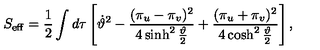
S _ { { \mathrm { e f f } } } = \frac 1 2 \int d \tau \left[ \dot { \vartheta } ^ { 2 } - \frac { ( \pi _ { u } - \pi _ { v } ) ^ { 2 } } { 4 \sinh ^ { 2 } \frac { \vartheta } { 2 } } + \frac { ( \pi _ { u } + \pi _ { v } ) ^ { 2 } } { 4 \cosh ^ { 2 } \frac { \vartheta } { 2 } } \right] ,